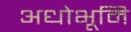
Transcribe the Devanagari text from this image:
अधोभूमि